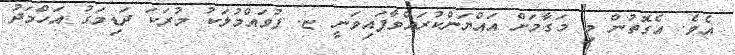
އެވެ. އެގޮތުން މި މަގާމަށް އައްޔަންކުރައްވާފައިވަނީ ޏ. ފުވައްމުލަކު މުރަކަ ދަޑިމަގު އަހްމަދު